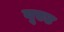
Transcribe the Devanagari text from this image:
वूएट